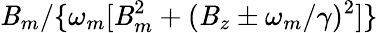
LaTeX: \mathit{B}_{m}/\{ \omega_{m}[\mathit{B}_{m}^{2}+(\mathit{B}_{z}\pm\omega_{m}/\gamma)^{2}]\}